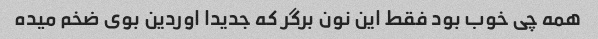
همه چی خوب بود فقط این نون برگر که جدیدا اوردین بوی ضخم میده